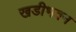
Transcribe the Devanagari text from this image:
खडीभवन